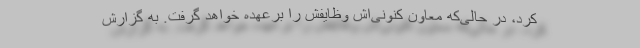
کرد، در حالی‌که معاون کنونی‌اش وظایفش را برعهده خواهد گرفت. به گزارش